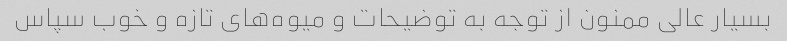
بسیار عالی ممنون از توجه به توضیحات و میوه‌های تازه و خوب سپاس